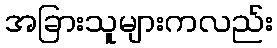
အခြားသူများကလည်း